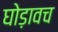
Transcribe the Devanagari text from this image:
घोड़ावच